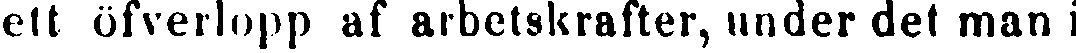
ett öfverlopp af arbetskrafter, under det man i